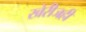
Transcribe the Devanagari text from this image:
खेरीजही